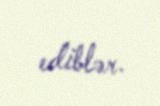
ediblər.